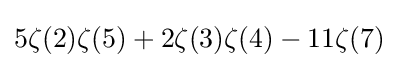
5\zeta (2)\zeta (5)+2\zeta (3)\zeta (4)-11\zeta (7)